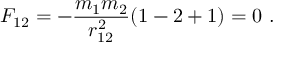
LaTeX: F _ { 1 2 } = - \frac { m _ { 1 } m _ { 2 } } { r _ { 1 2 } ^ { 2 } } ( 1 - 2 + 1 ) = 0 \ .